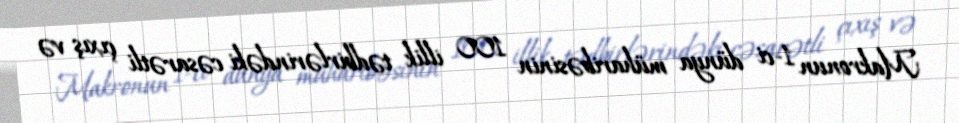
Makronun 1-ci dünya müharibəsinin 100 illik tədbirlərindəki cəsarətli çıxış və